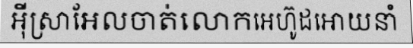
អ៊ីស្រាអែលចាត់លោកអេហ៊ូដអោយនាំ